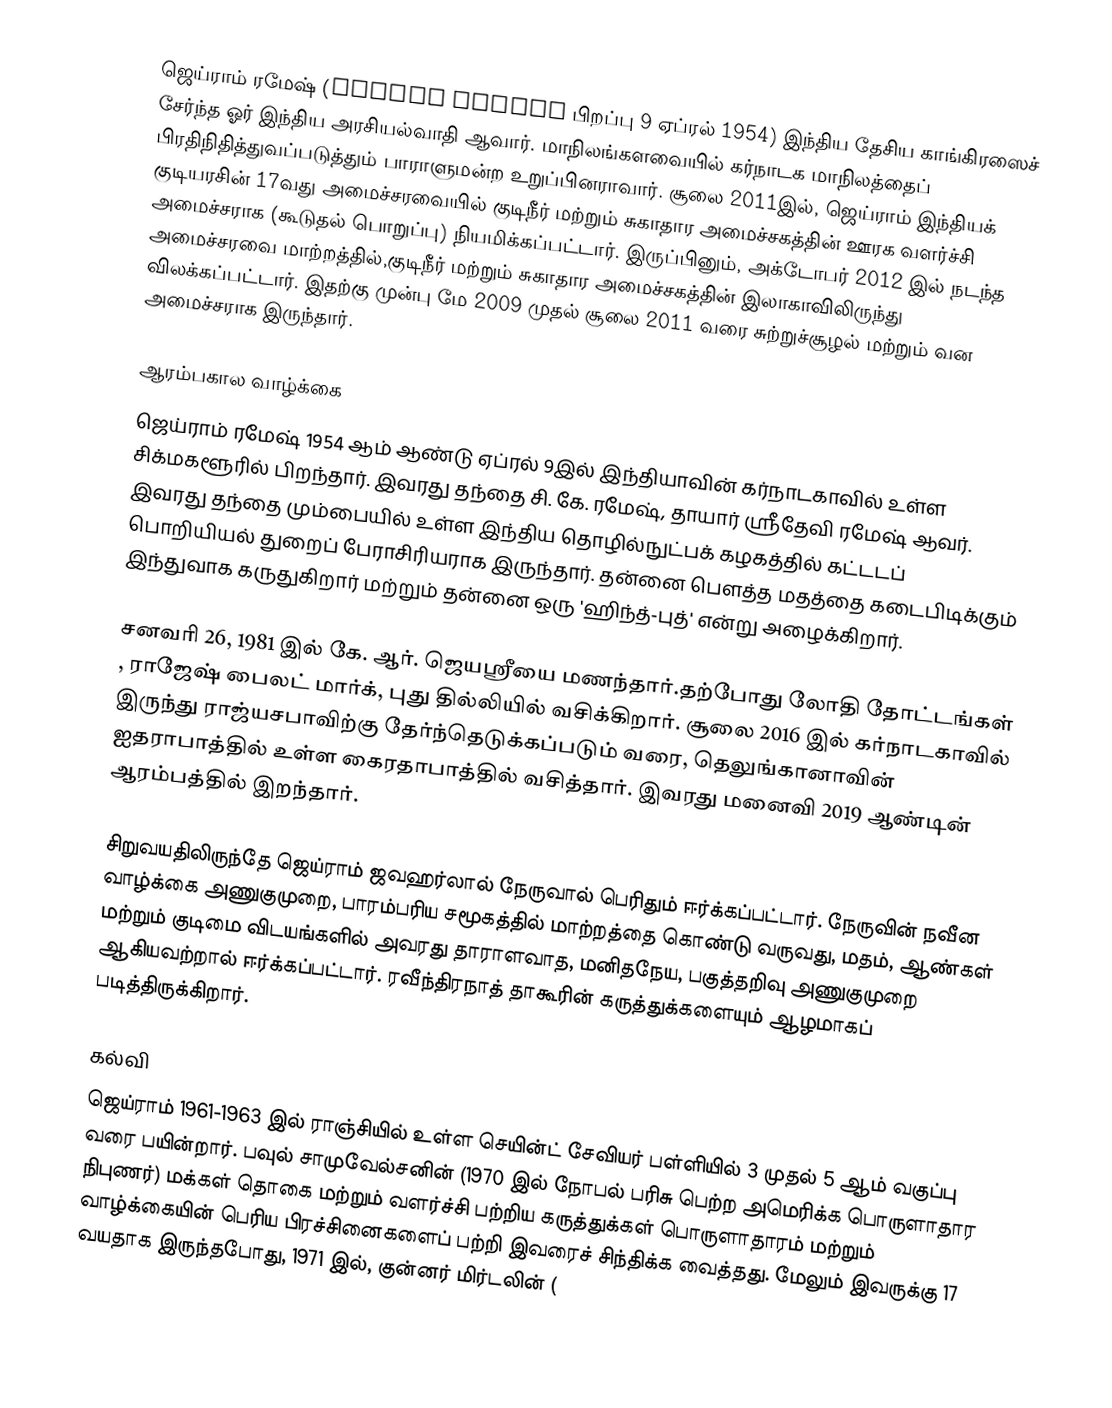
ஜெய்ராம் ரமேஷ் (Jairam Ramesh பிறப்பு 9 ஏப்ரல் 1954) இந்திய தேசிய காங்கிரஸைச் சேர்ந்த ஓர் இந்திய அரசியல்வாதி ஆவார். மாநிலங்களவையில் கர்நாடக மாநிலத்தைப் பிரதிநிதித்துவப்படுத்தும் பாராளுமன்ற உறுப்பினராவார். சூலை 2011இல், ஜெய்ராம் இந்தியக் குடியரசின் 17வது அமைச்சரவையில்   குடிநீர் மற்றும் சுகாதார அமைச்சகத்தின் ஊரக வளர்ச்சி அமைச்சராக (கூடுதல் பொறுப்பு) நியமிக்கப்பட்டார். இருப்பினும், அக்டோபர் 2012 இல் நடந்த அமைச்சரவை மாற்றத்தில்,குடிநீர் மற்றும் சுகாதார அமைச்சகத்தின் இலாகாவிலிருந்து விலக்கப்பட்டார். இதற்கு முன்பு மே 2009 முதல் சூலை 2011 வரை சுற்றுச்சூழல் மற்றும் வன அமைச்சராக இருந்தார்.

ஆரம்பகால வாழ்க்கை
ஜெய்ராம் ரமேஷ் 1954 ஆம் ஆண்டு ஏப்ரல் 9இல் இந்தியாவின் கர்நாடகாவில் உள்ள சிக்மகளூரில் பிறந்தார். இவரது தந்தை சி. கே. ரமேஷ், தாயார் ஸ்ரீதேவி ரமேஷ் ஆவர். இவரது தந்தை மும்பையில் உள்ள இந்திய தொழில்நுட்பக் கழகத்தில்  கட்டடப் பொறியியல் துறைப் பேராசிரியராக இருந்தார். தன்னை பௌத்த மதத்தை கடைபிடிக்கும் இந்துவாக கருதுகிறார் மற்றும் தன்னை ஒரு 'ஹிந்த்-புத்' என்று அழைக்கிறார்.

சனவரி 26, 1981 இல் கே. ஆர். ஜெயஸ்ரீயை மணந்தார்.தற்போது லோதி தோட்டங்கள் , ராஜேஷ் பைலட் மார்க், புது தில்லியில் வசிக்கிறார். சூலை 2016 இல் கர்நாடகாவில் இருந்து ராஜ்யசபாவிற்கு தேர்ந்தெடுக்கப்படும் வரை, தெலுங்கானாவின் ஐதராபாத்தில் உள்ள கைரதாபாத்தில் வசித்தார். இவரது மனைவி 2019 ஆண்டின் ஆரம்பத்தில் இறந்தார்.

சிறுவயதிலிருந்தே ஜெய்ராம் ஜவஹர்லால் நேருவால் பெரிதும் ஈர்க்கப்பட்டார். நேருவின் நவீன வாழ்க்கை அணுகுமுறை, பாரம்பரிய சமூகத்தில் மாற்றத்தை கொண்டு வருவது, மதம், ஆண்கள் மற்றும் குடிமை விடயங்களில் அவரது தாராளவாத, மனிதநேய, பகுத்தறிவு அணுகுமுறை ஆகியவற்றால் ஈர்க்கப்பட்டார். ரவீந்திரநாத் தாகூரின் கருத்துக்களையும் ஆழமாகப் படித்திருக்கிறார்.

கல்வி
ஜெய்ராம் 1961-1963 இல் ராஞ்சியில் உள்ள செயின்ட் சேவியர் பள்ளியில் 3 முதல் 5 ஆம் வகுப்பு வரை பயின்றார். பவுல் சாமுவேல்சனின் (1970 இல் நோபல் பரிசு பெற்ற அமெரிக்க பொருளாதார நிபுணர்) மக்கள் தொகை மற்றும் வளர்ச்சி பற்றிய கருத்துக்கள் பொருளாதாரம் மற்றும் வாழ்க்கையின் பெரிய பிரச்சினைகளைப் பற்றி இவரைச் சிந்திக்க வைத்தது. மேலும் இவருக்கு 17 வயதாக இருந்தபோது, 1971 இல், குன்னர் மிர்டலின் (